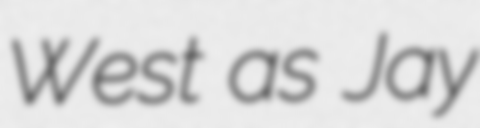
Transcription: West as Jay